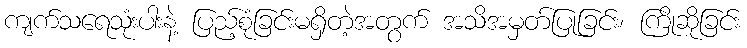
ကျက်သရေသုံးပါးနဲ့ ပြည့်စုံခြင်းမရှိတဲ့အတွက် အသိအမှတ်ပြုခြင်း၊ ကြိုဆိုခြင်း